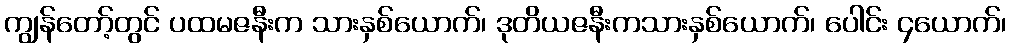
ကျွန်တော့်တွင် ပထမဇနီးက သားနှစ်ယောက်၊ ဒုတိယဇနီးကသားနှစ်ယောက်၊ ပေါင်း ၄ယောက်၊